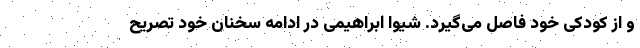
و از کودکی خود فاصل می‌گیرد. شیوا ابراهیمی در ادامه سخنان خود تصریح